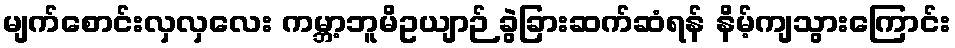
မျက်စောင်းလှလှလေး ကမ္ဘာ့ဘူမိဥယျာဉ် ခွဲခြားဆက်ဆံရန် နိမ့်ကျသွားကြောင်း